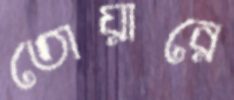
তোয়ারে